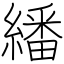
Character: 繙